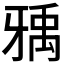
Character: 𤘐